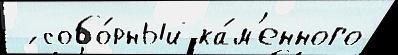
 ́ собо́рный ка́м'енного